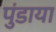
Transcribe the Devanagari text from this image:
पुंडाया